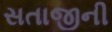
સતાજીની